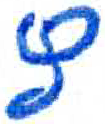
אות: ץ